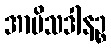
အာမိသဒါနဉ္စ